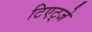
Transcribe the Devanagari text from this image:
टिएट्जे